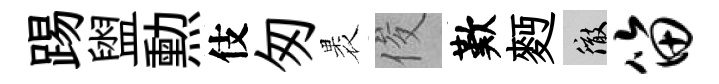
踢盥勲伎匆褁俊歎麪徹笛